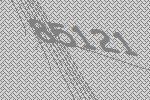
85121